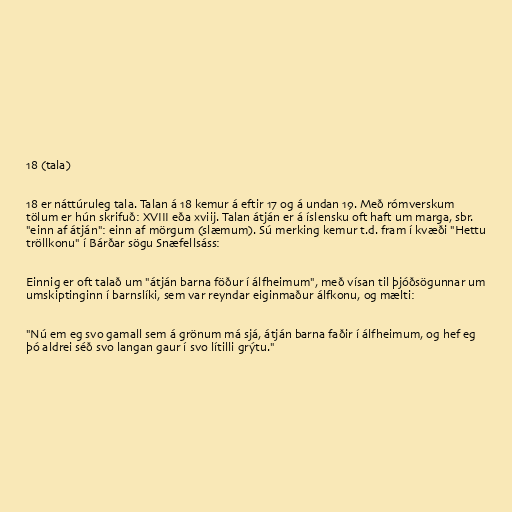
18 (tala)

18 er náttúruleg tala. Talan á 18 kemur á eftir 17 og á undan 19. Með rómverskum
tölum er hún skrifuð: XVIII eða xviij. Talan átján er á íslensku oft haft um marga, sbr.
"einn af átján": einn af mörgum (slæmum). Sú merking kemur t.d. fram í kvæði "Hettu
tröllkonu" í Bárðar sögu Snæfellsáss:

Einnig er oft talað um "átján barna föður í álfheimum", með vísan til þjóðsögunnar um
umskiptinginn í barnslíki, sem var reyndar eiginmaður álfkonu, og mælti:

"Nú em eg svo gamall sem á grönum má sjá, átján barna faðir í álfheimum, og hef eg
þó aldrei séð svo langan gaur í svo lítilli grýtu."